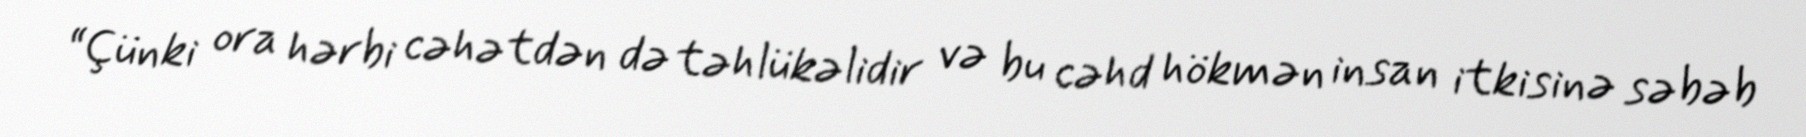
“Çünki ora hərbi cəhətdən də təhlükəlidir və bu cəhd hökmən insan itkisinə səbəb